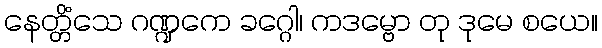
နေတ္တိံသေ ဂဏ္ဍကေ ခဂ္ဂေါ၊ ကဒမ္ဗော တု ဒုမေ စယေ။